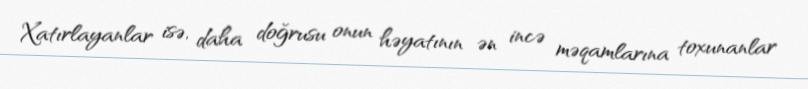
Xatırlayanlar isə, daha doğrusu onun həyatının ən incə məqamlarına toxunanlar